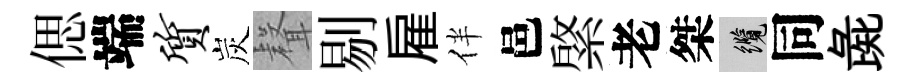
偲端质炭𮋻剔雇伴邑綮老桀纜同彘